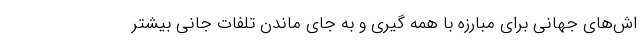
اش‌های جهانی برای مبارزه با همه گیری و به جای ماندن تلفات جانی بیشتر